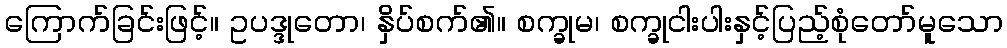
ကြောက်ခြင်းဖြင့်။ ဥပဒ္ဒုတော၊ နှိပ်စက်၏။ စက္ခုမ၊ စက္ခုငါးပါးနှင့်ပြည့်စုံတော်မူသော